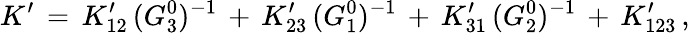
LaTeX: K^{\prime}\, =\, K_{12}^{\prime}\, (G_{3}^{0})^{-1}\, +\, K_{23}^{\prime}\, (G_{1}^{0})^{-1}\, +\, K_{31}^{\prime}\, (G_{2}^{0})^{-1}\, +\, K_{123}^{\prime}\, ,